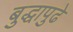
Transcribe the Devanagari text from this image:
बुद्धापुढे